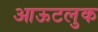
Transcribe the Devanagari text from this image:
आऊटलुक